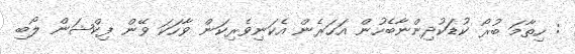
: ހިތާމަ ބުރޯ ކުޑަކުދިންނާބެހުން އަހަރެން އެކަނިވެރިކަން ވާހަކަ ވޭން ފިކްޝަން ލޯބި